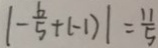
\vert - \frac { 6 } { 5 } + ( - 1 ) \vert = \frac { 1 1 } { 5 }